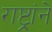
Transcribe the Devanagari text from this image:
राष्ट्रांने